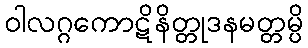
ဝါလဂ္ဂကောဋိနိတ္တုဒနမတ္တမ္ပိ